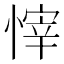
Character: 𢟓